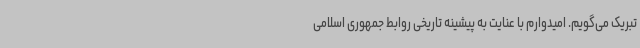
تبریک می‌گویم. امیدوارم با عنایت به پیشینه تاریخی روابط جمهوری اسلامی